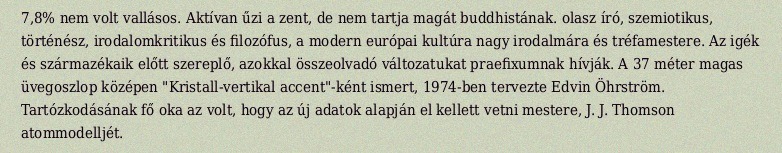
7,8% nem volt vallásos. Aktívan űzi a zent, de nem tartja magát buddhistának. olasz író, szemiotikus, történész, irodalomkritikus és filozófus, a modern európai kultúra nagy irodalmára és tréfamestere. Az igék és származékaik előtt szereplő, azokkal összeolvadó változatukat praefixumnak hívják. A 37 méter magas üvegoszlop középen "Kristall-vertikal accent"-ként ismert, 1974-ben tervezte Edvin Öhrström. Tartózkodásának fő oka az volt, hogy az új adatok alapján el kellett vetni mestere, J. J. Thomson atommodelljét.